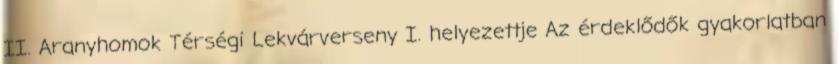
II. Aranyhomok Térségi Lekvárverseny I. helyezettje Az érdeklődők gyakorlatban